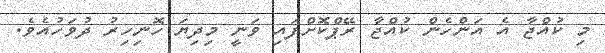
މި ކުއްޖާ އެ އަންހެން ކުއްޖާ ރޭޕްކޮށްފައި ވަނީ މިދިޔަ ހޮނިހިރު ދުވަހުއެވެ.